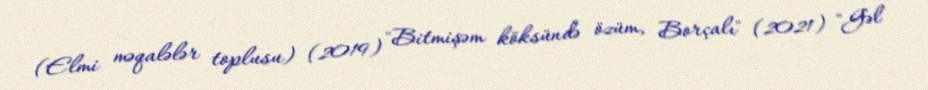
(Elmi məqalələr toplusu) (2019) "Bitmişəm köksündə özüm, Borçalı" (2021) "Gəl